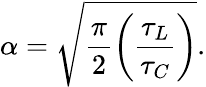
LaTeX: \alpha=\sqrt{\frac{\pi}{2}\left(\frac{\tau_{L}}{\tau_{C}}\right)}.